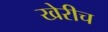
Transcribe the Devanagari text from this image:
खेरीच